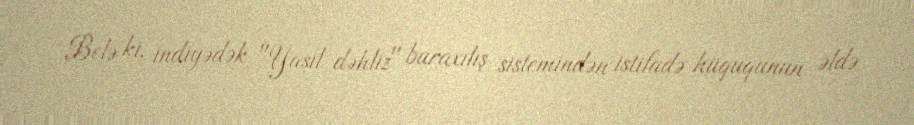
Belə ki, indiyədək "Yaşıl dəhliz" buraxılış sistemindən istifadə hüququnun əldə